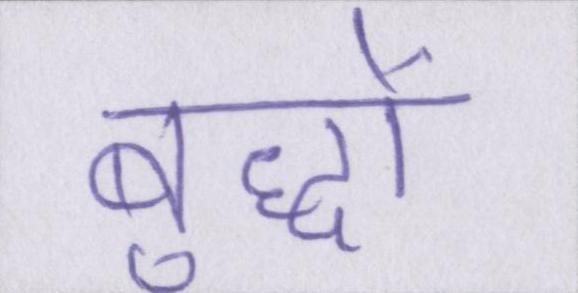
बुद्धों